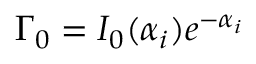
\Gamma _ { 0 } = I _ { 0 } ( \alpha _ { i } ) e ^ { - \alpha _ { i } }